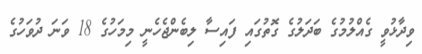
ވިދާޅުވީ ގެއްލުމުގެ ބަދަލުގެ ގޮތުގައި ފައިސާ ލިބެންޖެހެނީ މިމަހުގެ 18 ވަނަ ދުވަހުގެ